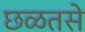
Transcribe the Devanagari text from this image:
छळतसे